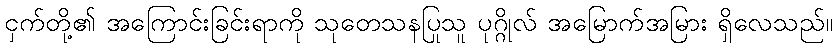
ငှက်တို့၏ အကြောင်းခြင်းရာကို သုတေသနပြုသူ ပုဂ္ဂိုလ် အမြောက်အမြား ရှိလေသည်။